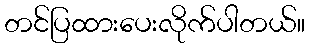
တင်ပြထားပေးလိုက်ပါတယ်။